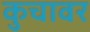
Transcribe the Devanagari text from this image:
कुचावर